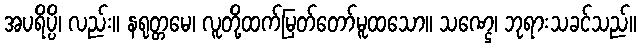
အပရိပ္ပိ၊ လည်း။ နရုတ္တမေ၊ လူတို့ထက်မြတ်တော်မူထသော။ သဏ္ဌေ၊ ဘုရားသခင်သည်။